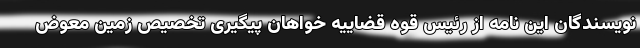
نویسندگان این نامه از رئیس قوه قضاییه خواهان پیگیری تخصیص زمین معوض